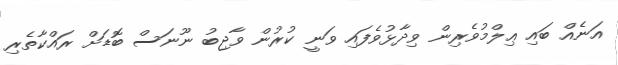
އަނެއް ބައި ޢިލްމުވެރިން ވިދާޅުވެފައި ވަނީ ކުރުން ވާޖިބު ނޫނަސް ބޮޑަށް ރައްކާތެރި